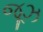
જૂઝ